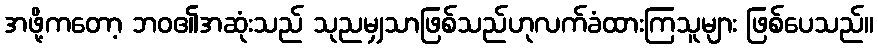
အဖို့ကတော့ ဘဝ၏အဆုံးသည် သုညမျှသာဖြစ်သည်ဟုလက်ခံထားကြသူများ ဖြစ်ပေသည်။